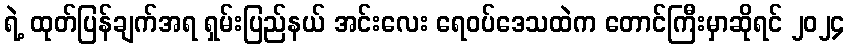
ရဲ့ ထုတ်ပြန်ချက်အရ ရှမ်းပြည်နယ် အင်းလေး ရေဝပ်ဒေသထဲက တောင်ကြီးမှာဆိုရင် ၂၀၂၄